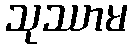
သုဿာမ